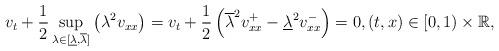
LaTeX: \begin{align*} v_t+\frac{1}{2}\sup_{\lambda\in[\underline\lambda,\overline\lambda]}\left(\lambda^2 v_{xx}\right)=v_t+\frac{1}{2}\left(\overline\lambda^2 v_{xx}^+-\underline\lambda^2v_{xx}^- \right)=0, (t,x)\in [0,1)\times\mathbb R,\end{align*}